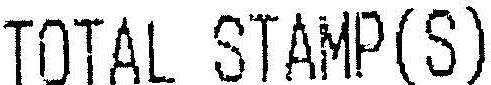
TOTAL STAMP(S)